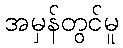
အမှန်တွင်မူ